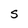
Character: S